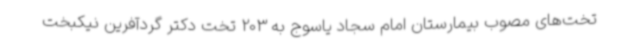
تخت‌های مصوب بیمارستان امام سجاد یاسوج به 203 تخت دکتر گردآفرین نیکبخت